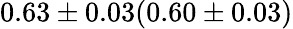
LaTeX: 0.63\pm 0.03(0.60\pm 0.03)